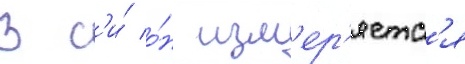
В с'и́ о́н изм'ер'яетс'я